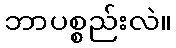
ဘာပစ္စည်းလဲ။